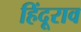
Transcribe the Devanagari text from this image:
हिंदूराव